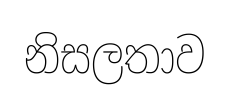
නිසලතාව